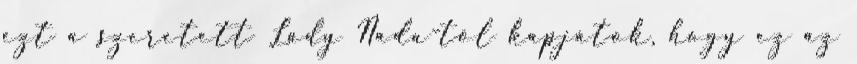
ezt a szeretett Lady Nada-tól kapjátok, hogy ez az